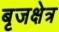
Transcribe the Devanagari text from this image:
बृजक्षेत्र